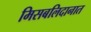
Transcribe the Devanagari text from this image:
मिसबलिदानात